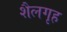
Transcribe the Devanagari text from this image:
शैलगृह